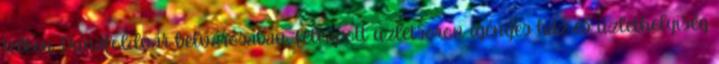
telken. Dunaföldvár belvárosában, felkapott üzletsoron igényes ház és üzlethelyiség